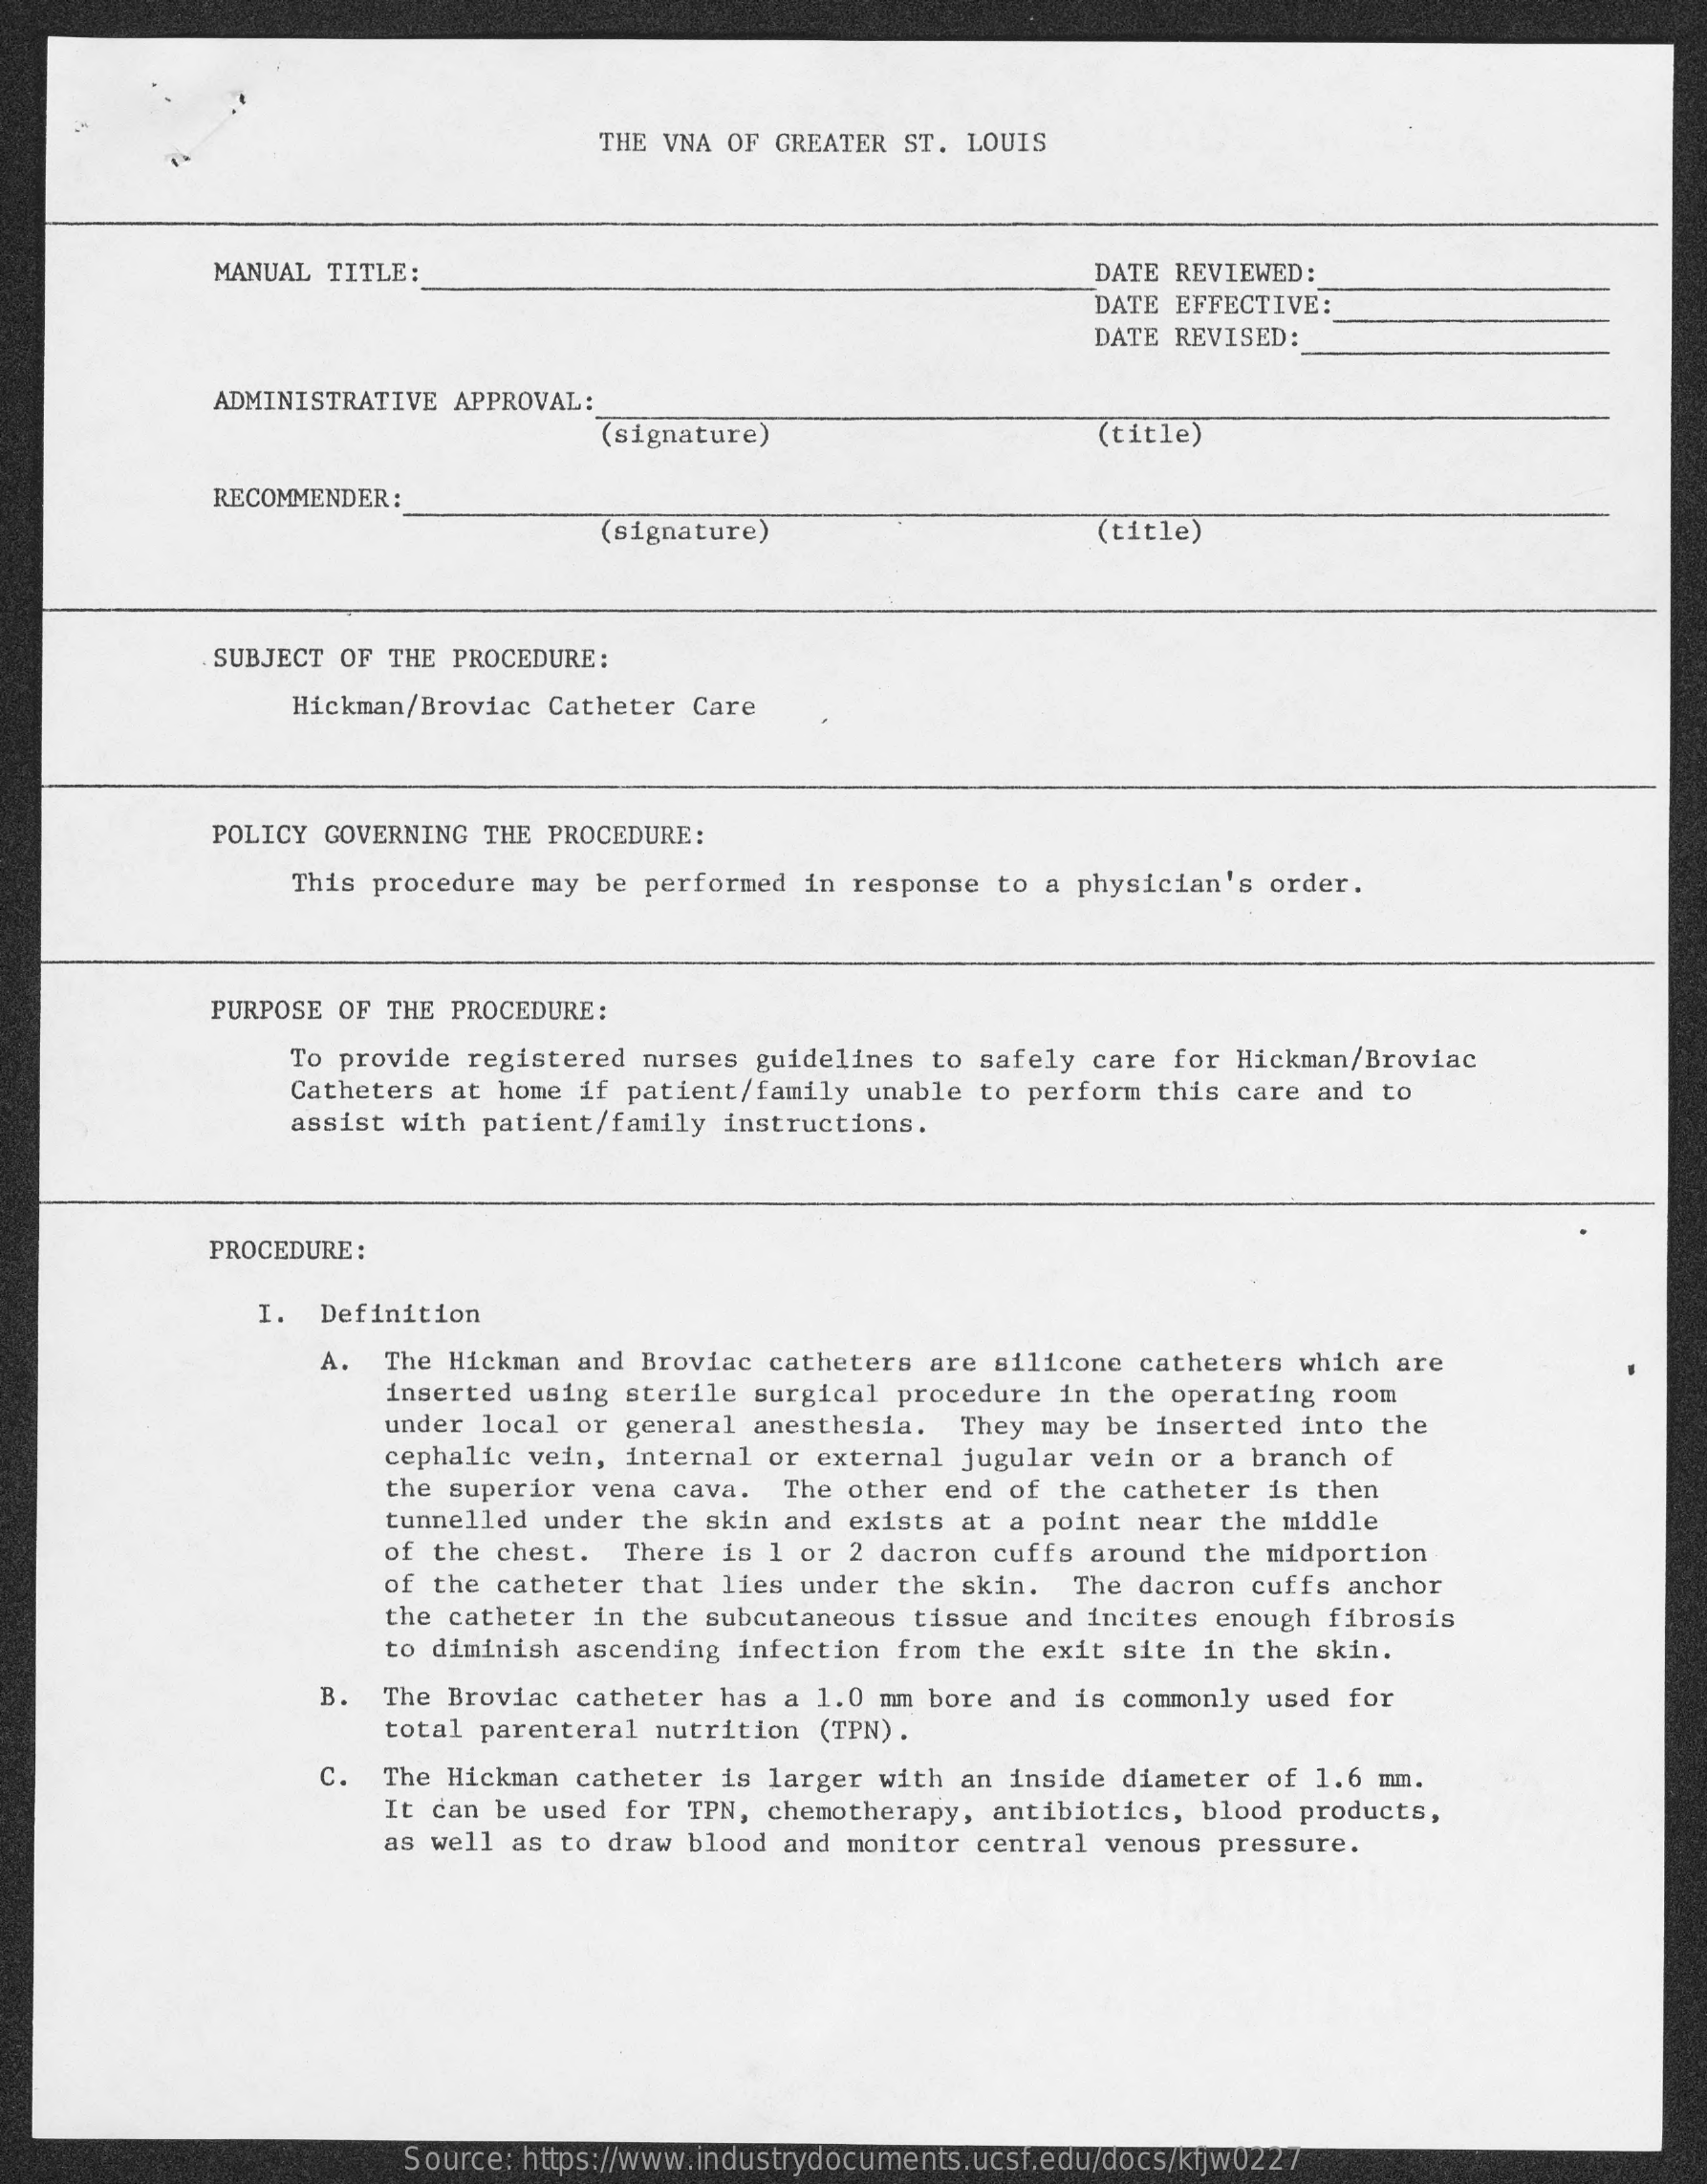
THE VNA OF GREATER ST. LOUIS
     MANUAL TITLE:    DATE REVIEWED:
     DATE EFFECTIVE:
     DATE REVISED:
     ADMINISTRATIVE APPROVAL:
     (signature)    (title)
     RECOMMENDER :
     (signature)    (title)
     SUBJECT OF THE PROCEDURE:
     Hickman/Broviac Catheter Care
     POLICY GOVERNING THE PROCEDURE:
     This procedure may be performed in response to a physician's order.
     PURPOSE OF THE PROCEDURE:
     To provide registered nurses guidelines to safely care for Hickman/Broviac
     Catheters at home if patient/family unable to perform this care and to
     assist with patient/family instructions.
     PROCEDURE :
     I. Definition
     A. The Hickman and Broviac catheters are silicone catheters which are
     inserted using sterile surgical procedure in the operating room
     under local or general anesthesia. They may be inserted into the
     cephalic vein, internal or external jugular vein or a branch of
     the superior vena cava. The other end of the catheter is then
     tunnelled under the skin and exists at a point near the middle
     of the chest. There is 1 or 2 dacron cuffs around the midportion
     of the catheter that lies under the skin. The dacron cuffs anchor
     the catheter in the subcutaneous tissue and incites enough fibrosis
     to diminish ascending infection from the exit site in the skin.
     B. The Broviac catheter has a 1.0 mm bore and is commonly used for
     total parenteral nutrition (TPN) .
     C. The Hickman catheter is larger with an inside diameter of 1.6 mm.
     It can be used for TPN, chemotherapy, antibiotics, blood products,
     as well as to draw blood and monitor central venous pressure.
     Source: https://www.industrydocuments.ucsf.edu/docs/kfjw0227